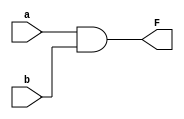
`timescale 1ns / 1ps

module myandgate(a, b, F);
	
	input a, b;
	output F;

	and and1(F, a, b);

endmodule